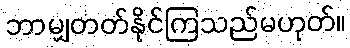
ဘာမျှတတ်နိုင်ကြသည်မဟုတ်။